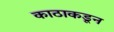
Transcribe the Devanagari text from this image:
काठाकडून